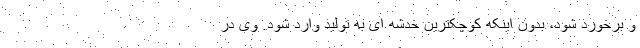
و برخورد شود، بدون اینکه کوچکترین خدشه ای به تولید وارد شود. وی در